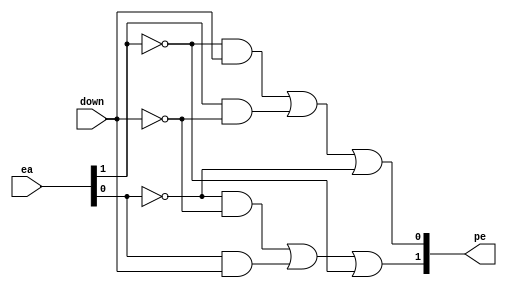
module cc_pe(
input [1:0] ea,
input down,
output [1:0] pe
);

wire n_ea0, n_ea1, n_down;
not(n_ea0, ea[0]);
not(n_ea1, ea[1]);
not(n_down, down);

wire pe0_buf1, pe0_buf2;
and(pe0_buf1, n_ea1, down);
and(pe0_buf2, ea[1], n_down);
or(pe[0], pe0_buf1, pe0_buf2, n_ea0);

wire pe1_buf1, pe1_buf2;
and(pe1_buf1, n_ea0, n_down);
and(pe1_buf2, ea[0], down);
or(pe[1], pe1_buf1, pe1_buf2, n_ea1);

endmodule